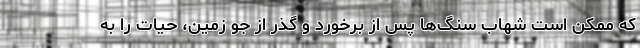
که ممکن است شهاب سنگ‌ها پس از برخورد و گذر از جو زمین، حیات را به